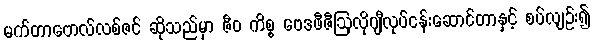
မက်တာဗောလ်လစ်ဇင် ဆိုသည်မှာ ဇီဝ ကိစ္စ ဗေဒဖီဇီဩလိုဂျီလုပ်ငန်းဆောင်တာနှင့် စပ်လျဉ်း၍